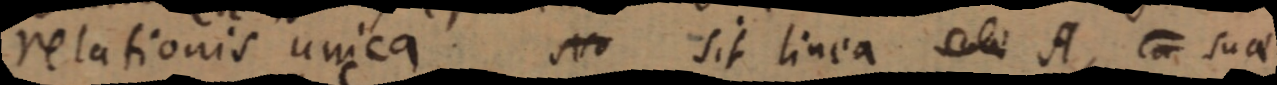
relationis unica. No sit linea _ A, _ suae